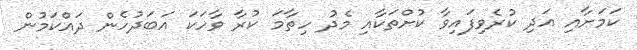
ކަމަށާއި އަދި ކުރެވިފައިވާ ކުށްތަކާއި މެދު ހިތާމަ ކުރާ ވާހަކަ އަބަދުހެން ދައްކަމުން